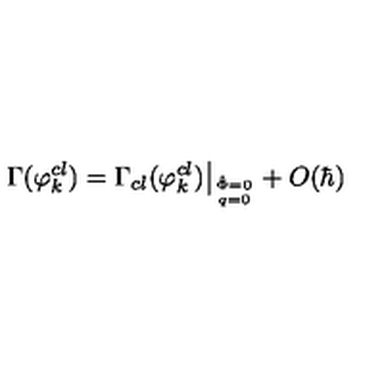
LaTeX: \Gamma ( \varphi _ { k } ^ { c l } ) = \Gamma _ { c l } ( \varphi _ { k } ^ { c l } ) \big | _ { \hat { \Phi } = 0 \atop q = 0 } + O ( \hbar )